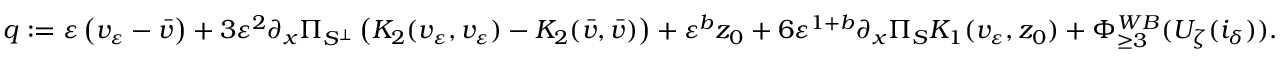
\begin{array} { r } { q : = \varepsilon \left( v _ { \varepsilon } - \bar { v } \right) + 3 \varepsilon ^ { 2 } \partial _ { x } \Pi _ { S ^ { \perp } } \left( K _ { 2 } ( v _ { \varepsilon } , v _ { \varepsilon } ) - K _ { 2 } ( \bar { v } , \bar { v } ) \right) + \varepsilon ^ { b } z _ { 0 } + 6 \varepsilon ^ { 1 + b } \partial _ { x } \Pi _ { S } K _ { 1 } ( v _ { \varepsilon } , z _ { 0 } ) + \Phi _ { \ge 3 } ^ { W B } ( U _ { \zeta } ( i _ { \delta } ) ) . } \end{array}